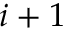
i + 1